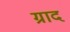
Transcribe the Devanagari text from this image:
ग्राद